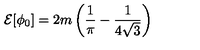
{ \cal E } [ \phi _ { 0 } ] = 2 m \left( \frac { 1 } { \pi } - \frac { 1 } { 4 \sqrt { 3 } } \right)